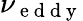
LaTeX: \nu_{\mathrm{~e~d~d~y~}}